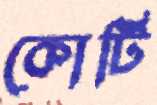
কোটি